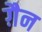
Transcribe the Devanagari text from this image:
ग़ैन